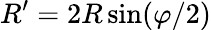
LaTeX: R^{\prime}=2R\sin(\varphi/2)